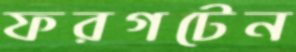
ফরগটেন